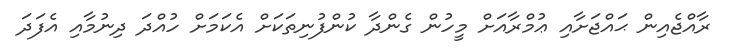
ރާއްޖެއިން ޙައްޖަށާއި ޢުމްރާއަށް މީހުން ގެންދާ ކުންފުނިތަކަށް އެކަމަށް ހުއްދަ ދިނުމާއި އެފަދަ